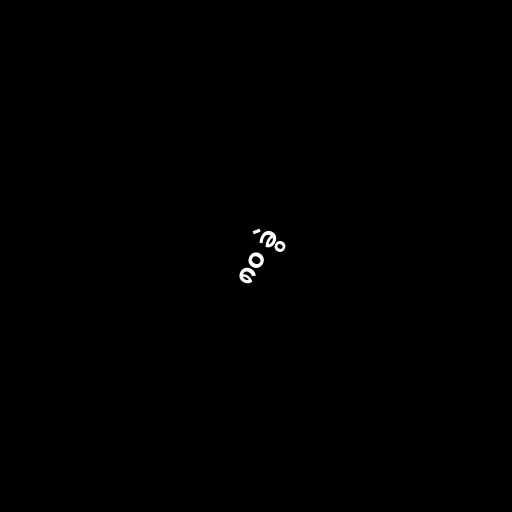
၈၀ ခွဲ